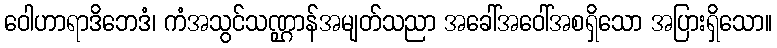
ဝေါဟာရာဒိဘေဒံ၊ ကံအသွင်သဏ္ဌာန်အမျတ်သညာ အခေါ်အဝေါ်အစရှိသော အပြားရှိသော။